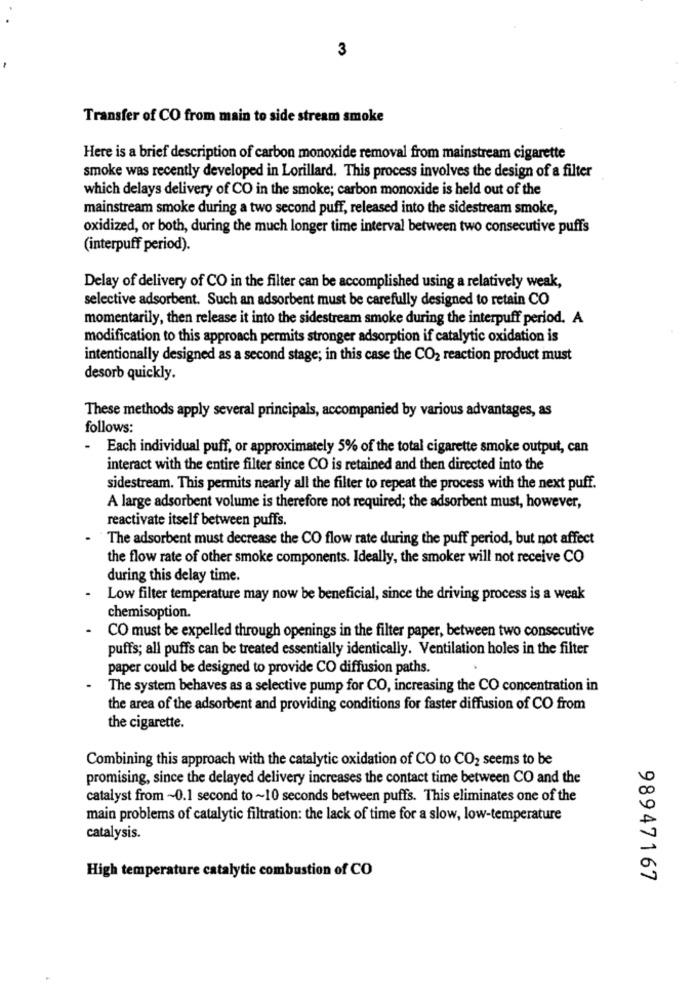
3
Transfer of CO from main to side stream smoke
Here is a brief description of carbon monoxide removal from mainstream cigarette
smoke was recently developed in Lorillard. This process involves the design of a filter
which delays delivery of CO in the smoke; carbon monoxide is held out of the
mainstream smoke during a two second puff, released into the sidestream smoke,
oxidized, or both, during the much longer time interval between two consecutive puffs
(interpuff period).
Delay of delivery of CO in the filter can be accomplished using a relatively weak,
selective adsorbent. Such an adsorbent must be carefully designed to retain CO
momentarily, then release it into the sidestream smoke during the interpuff period. A
modification to this approach permits stronger adsorption if catalytic oxidation is
intentionally designed as a second stage; in this case the CO2 reaction product must
desorb quickly.
These methods apply several principals, accompanied by various advantages, as
follows:
Each individual puff, or approximately 5% of the total cigarette smoke output, can
interact with the entire filter since CO is retained and then directed into the
sidestream. This permits nearly all the filter to repeat the process with the next puff.
A large adsorbent volume is therefore not required; the adsorbent must, however,
reactivate itself between puffs.
The adsorbent must decrease the CO flow rate during the puff period, but not affect
the flow rate of other smoke components. Ideally, the smoker will not receive CO
during this delay time.
Low filter temperature may now be beneficial, since the driving process is a weak
chemisoption.
CO must be expelled through openings in the filter paper, between two consecutive
puffs; all puffs can be treated essentially identically. Ventilation holes in the filter
paper could be designed to provide CO diffusion paths.
The system behaves as a selective pump for CO, increasing the CO concentration in
the area of the adsorbent and providing conditions for faster diffusion of CO from
the cigarette.
Combining this approach with the catalytic oxidation of CO to CO2 seems to be
promising, since the delayed delivery increases the contact time between CO and the
catalyst from ~0.1 second to ~10 seconds between puffs. This eliminates one of the
main problems of catalytic filtration: the lack of time for a slow, low-temperature
catalysis.
High temperature catalytic combustion of CO
98947167